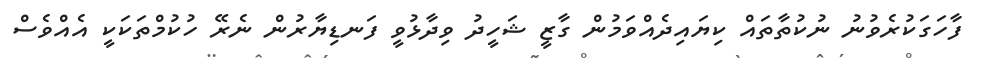
ފާހަގަކުރެވުނު ނުކުތާތައް ކިޔައިދެއްވަމުން ގާޒީ ޝަހީދު ވިދާޅުވީ ފަނޑިޔާރުން ނެރޭ ހުކުމްތަކަކީ އެއްވެސް